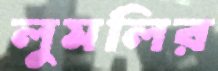
লুমলির